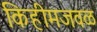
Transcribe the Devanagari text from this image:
किहीमजवळ